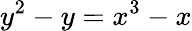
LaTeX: y^{2}-y=x^{3}-x